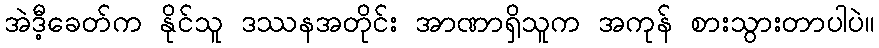
အဲဒီ့ခေတ်က နိုင်သူ ဒဿနအတိုင်း အာဏာရှိသူက အကုန် စားသွားတာပါပဲ။